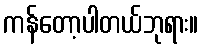
ကန်တော့ပါတယ်ဘုရား။